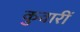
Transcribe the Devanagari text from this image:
कुवारीं